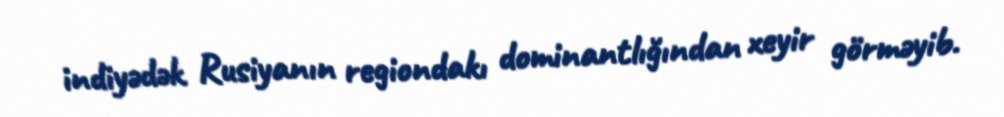
indiyədək Rusiyanın regiondakı dominantlığından xeyir görməyib.